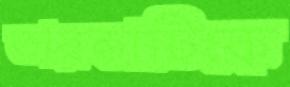
তারকাটিকে